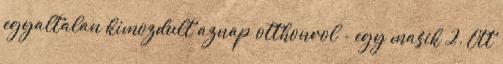
egyaltalan kimozdult aznap otthonrol - egy masik 2. Ott